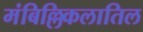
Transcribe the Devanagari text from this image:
मंबिल्लिकलातिल